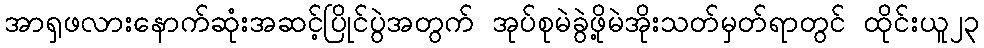
အာရှဖလားနောက်ဆုံးအဆင့်ပြိုင်ပွဲအတွက် အုပ်စုမဲခွဲဖို့မဲအိုးသတ်မှတ်ရာတွင် ထိုင်းယူ၂၃